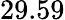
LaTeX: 29.59